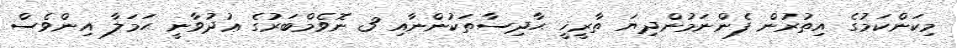
މިކަންކަމުގެ އިތުރުން ފެންނަމުންދިޔަ ތާރީޚީ ޙާދިސާތަކުންނާއި 3 ނޮވެމްބަރުގެ ޢުދުވާނީ ޙަމަލާ އިންވެސް